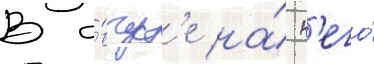
В а́вгуст'е на́ н'его́